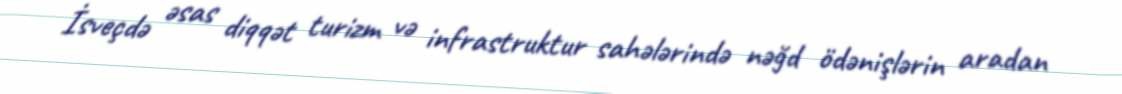
İsveçdə əsas diqqət turizm və infrastruktur sahələrində nəğd ödənişlərin aradan